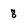
Character: 8